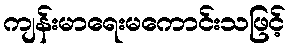
ကျန်းမာရေးမကောင်းသဖြင့်